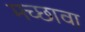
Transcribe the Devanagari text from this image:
मच्छावा